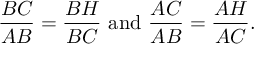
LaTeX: { \frac { B C } { A B } } = { \frac { B H } { B C } } { \mathrm { ~ a n d ~ } } { \frac { A C } { A B } } = { \frac { A H } { A C } } .